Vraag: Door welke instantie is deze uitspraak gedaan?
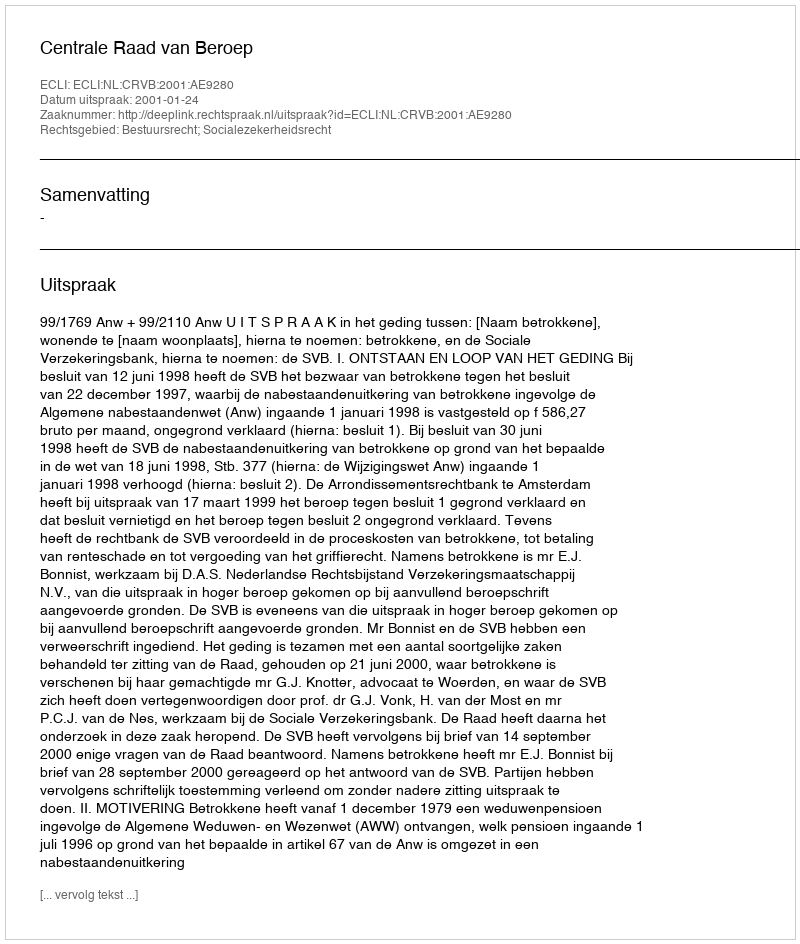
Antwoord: Centrale Raad van Beroep